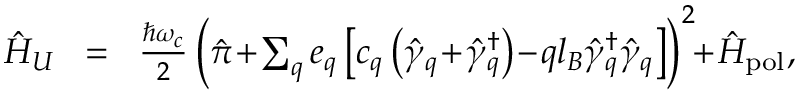
\begin{array} { r l r } { \hat { H } _ { U } } & { \! = \! } & { \frac { \hbar \omega _ { c } } { 2 } \left( \hat { \boldsymbol { \pi } } \! + \! \sum _ { \boldsymbol { q } } \boldsymbol { e } _ { \boldsymbol { q } } \left[ c _ { \boldsymbol { q } } \left( \hat { \gamma } _ { \boldsymbol { q } } \! + \! \hat { \gamma } _ { \boldsymbol { q } } ^ { \dagger } \right) \! - \! q l _ { B } \hat { \gamma } _ { \boldsymbol { q } } ^ { \dagger } \hat { \gamma } _ { \boldsymbol { q } } \right] \right) ^ { 2 } \! \! + \! \hat { H } _ { \mathrm { p o l } } , } \end{array}